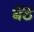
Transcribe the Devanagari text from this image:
बैंठें